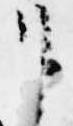
り